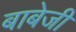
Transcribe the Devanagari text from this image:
बाबेजी